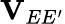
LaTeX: \mathbf{V}_{EE^{\prime}}